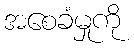
အစေခံမှုကို